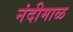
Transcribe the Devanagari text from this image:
नंदीमाळ